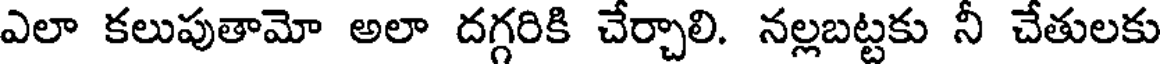
ఎలా కలుపుతామో అలా దగ్గరికి చేర్చాలి. నల్లబట్టకు నీ చేతులకు